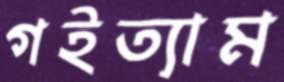
গইত্যাম